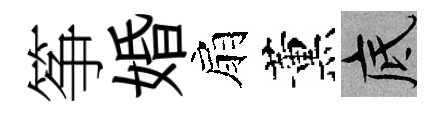
筝婚扇薰底